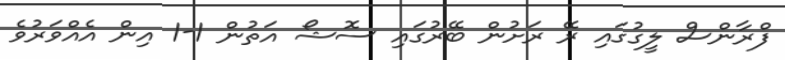
ފްރާންސް ލީގުގައި ރޭ ރަށުން ބޭރުގައި ސޮޝޯ އަތުން 1-1 އިން އެއްވަރުވެ